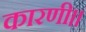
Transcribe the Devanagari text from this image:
कारणी।।